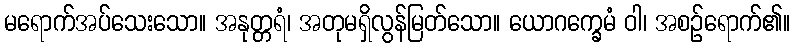
မရောက်အပ်သေးသော။ အနုတ္တရံ၊ အတုမရှိလွန်မြတ်သော။ ယောဂက္ခေမံ ဝါ၊ အစဉ်ရောက်၏။